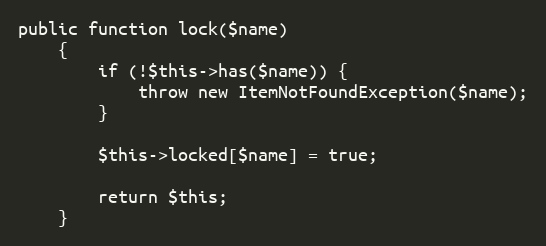
Language: PHP
public function lock($name)
    {
        if (!$this->has($name)) {
            throw new ItemNotFoundException($name);
        }

        $this->locked[$name] = true;

        return $this;
    }